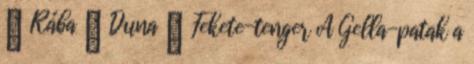
→ Rába → Duna → Fekete-tenger A Gella-patak a